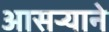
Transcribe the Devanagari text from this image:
आसर्‍याने